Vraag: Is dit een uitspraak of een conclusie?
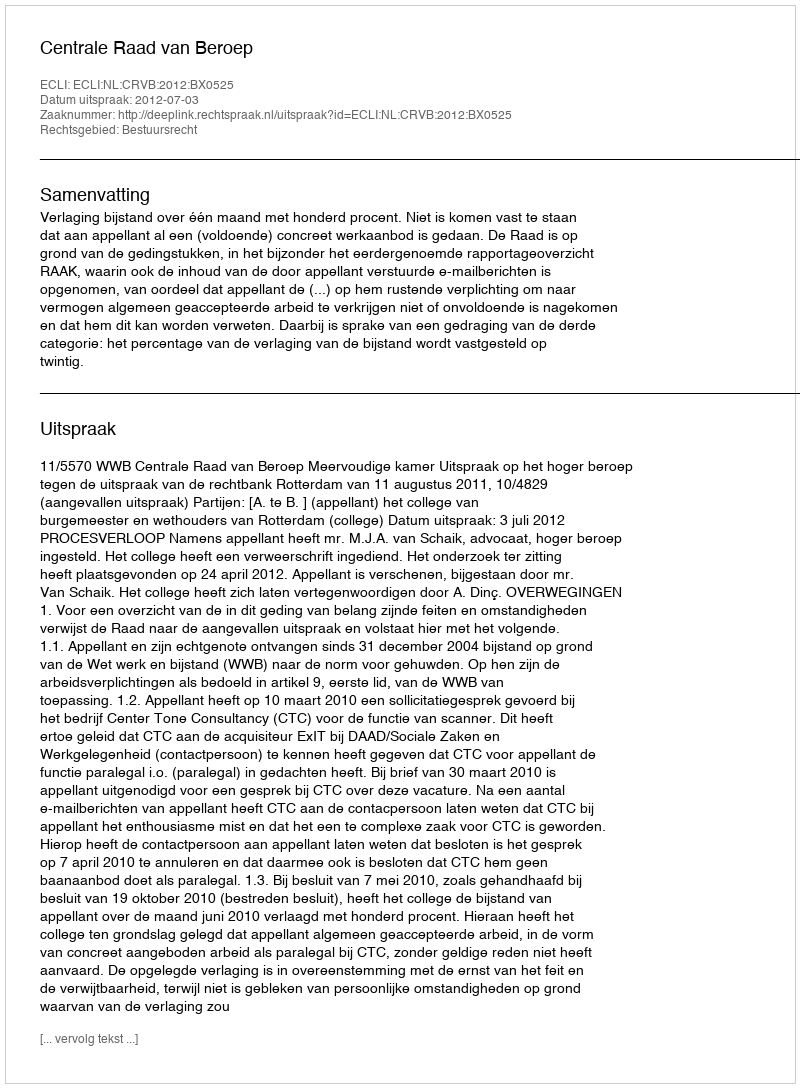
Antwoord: Uitspraak